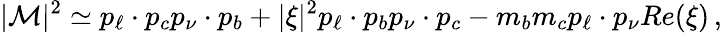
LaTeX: |{\cal M}|^{2}\simeq p_{\ell}\cdot p_{c}p_{\nu}\cdot p_{b}+|\xi|^{2}p_{\ell}\cdot p_{b}p_{\nu}\cdot p_{c}-m_{b}m_{c}p_{\ell}\cdot p_{\nu}Re(\xi)\, ,